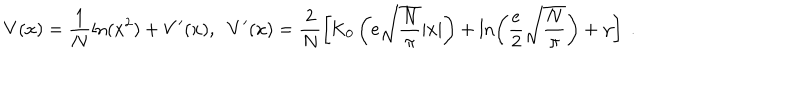
V ( x ) = \frac { 1 } { N } \ln ( x ^ { 2 } ) + V ^ { \prime } ( x ) , \; \; V ^ { \prime } ( x ) = \frac { 2 } { N } \left[ \mathrm { K } _ { 0 } \left( e \sqrt { \frac { N } { \pi } } | x | \right) + \ln \left( \frac { e } { 2 } \sqrt { \frac { N } { \pi } } \right) + \gamma \right] \; .